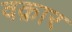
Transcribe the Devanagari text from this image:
वक़ार